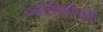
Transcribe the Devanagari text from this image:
ज्योतिहीनता